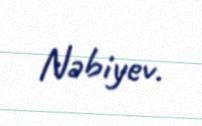
Nəbiyev.